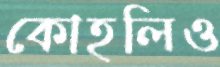
কোহলিও